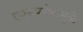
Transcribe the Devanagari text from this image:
एक्सप्लोररमुळे